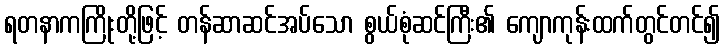
ရတနာကကြိုးတို့ဖြင့် တန်ဆာဆင်အပ်သော စွယ်စုံဆင်ကြီး၏ ကျောကုန်းထက်တွင်တင်၍